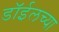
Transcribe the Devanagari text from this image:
डाॅईलच्या